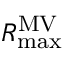
R _ { \operatorname* { m a x } } ^ { \mathrm { M V } }